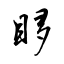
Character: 眵